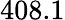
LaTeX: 408.1